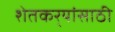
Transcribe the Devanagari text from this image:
शेतकर्‍यांसाठी